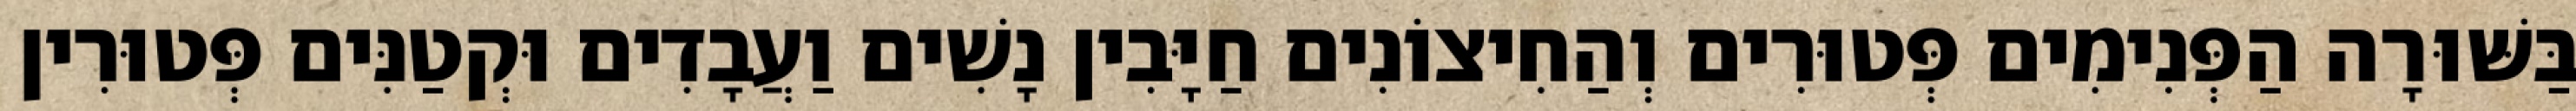
בַּשּׁוּרָה הַפְּנִימִים פְּטוּרִים וְהַחִיצוֹנִים חַיָּבִין נָשִׁים וַעֲבָדִים וּקְטַנִּים פְּטוּרִין